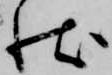
状